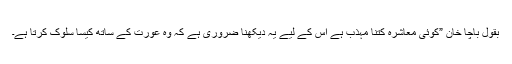
بقول باچا خان ”کوئی معاشرہ کتنا مہذب ہے اس کے لیے یہ دیکھنا ضروری ہے کہ وہ عورت کے ساتھ کیسا سلوک کرتا ہے۔